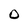
Character: O